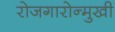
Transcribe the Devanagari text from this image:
रोजगारोन्मुखी